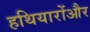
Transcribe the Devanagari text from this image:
हथियारोंऔर